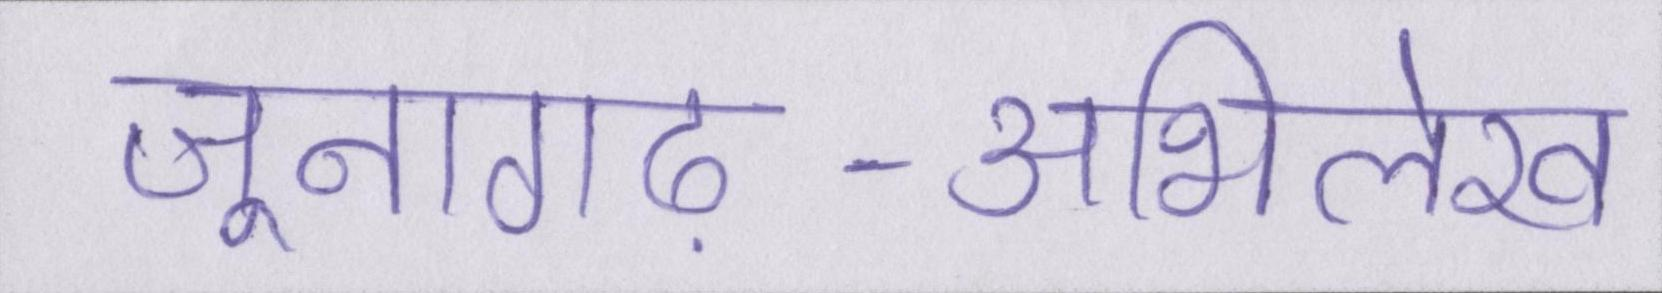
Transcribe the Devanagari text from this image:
जूनागढ़-अभिलेख